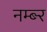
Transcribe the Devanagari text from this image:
नम्ब्र्‍र